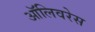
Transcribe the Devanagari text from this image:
ऑलिवरेस